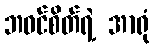
ဘဝင်စိတ်ရဲ့ အာရုံ